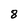
Character: 8